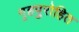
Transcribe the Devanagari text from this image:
गृहपुरोहित